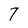
Character: 7